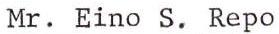
Mr. Eino S. Repo